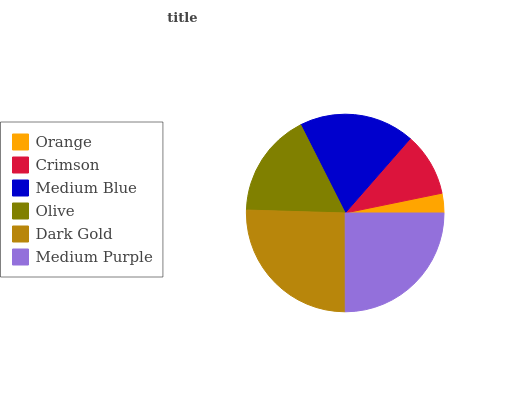
| Orange | Crimson | Medium Blue | Olive | Dark Gold | Medium Purple |
 | --- | --- | --- | --- | --- | --- |
 | 3.22% | 10.4% | 18.9% | 17% | 25.5% | 25% |